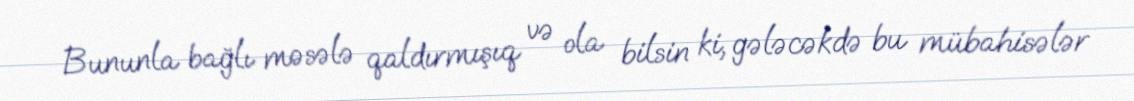
Bununla bağlı məsələ qaldırmışıq və ola bilsin ki, gələcəkdə bu mübahisələr